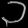
Digit: ၁